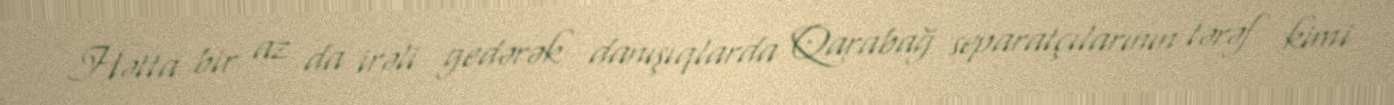
Hətta bir az da irəli gedərək danışıqlarda Qarabağ separatçılarının tərəf kimi